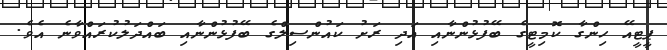
ޕީޓީއޭ ހިންގާ ކޮމިޓީގެ ބޭފުޅުންނާއި އަދި ރަށު ކައުންސިލްގެ ބޭފުޅުންނާއި ބައްދަލުކުރައްވާނެ އެވެ.